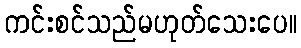
ကင်းစင်သည်မဟုတ်သေးပေ။